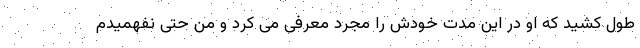
طول کشید که او در این مدت خودش را مجرد معرفی می کرد و من حتی نفهمیدم